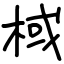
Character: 棫